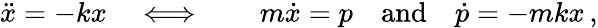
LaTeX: \ddot{x}=-kx\quad\Longleftrightarrow\qquad m\dot{x}=p\quad\mathrm{and}\quad\dot{p}=-mkx\, ,